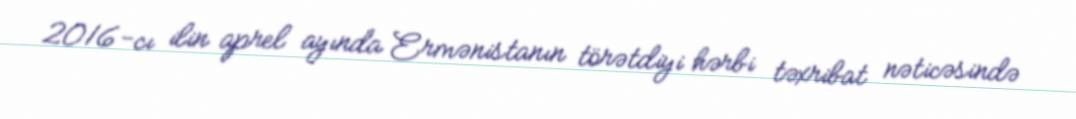
2016-cı ilin aprel ayında Ermənistanın törətdiyi hərbi təxribat nəticəsində